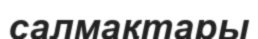
салмақтары